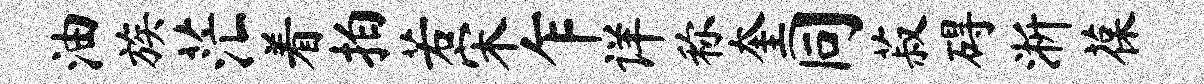
油族茫着拍若宋乍详称奎同菽碍淅葆